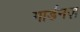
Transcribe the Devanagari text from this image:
गार्डनज़